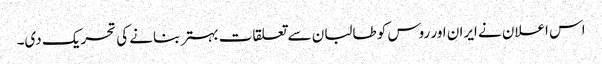
اس اعلان نے ایران اور روس کو طالبان سے تعلقات بہتر بنانے کی تحریک دی۔